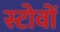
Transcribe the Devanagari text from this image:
स्टोवों